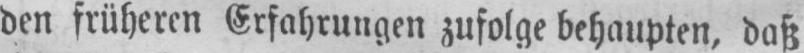
den früheren Erfahrungen zufolge behaupten, daß